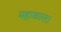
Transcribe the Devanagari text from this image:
महाकाल।